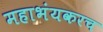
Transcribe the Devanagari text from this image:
महाभंयकरच